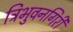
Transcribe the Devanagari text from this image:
त्रिभुवनगिरी